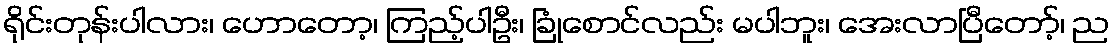
ရိုင်းတုန်းပါလား၊ ဟောတော့၊ ကြည့်ပါဦး၊ ခြုံစောင်လည်း မပါဘူး၊ အေးလာပြီတော့်၊ ည